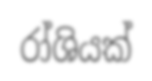
රා්ශියක්